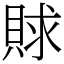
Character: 賕